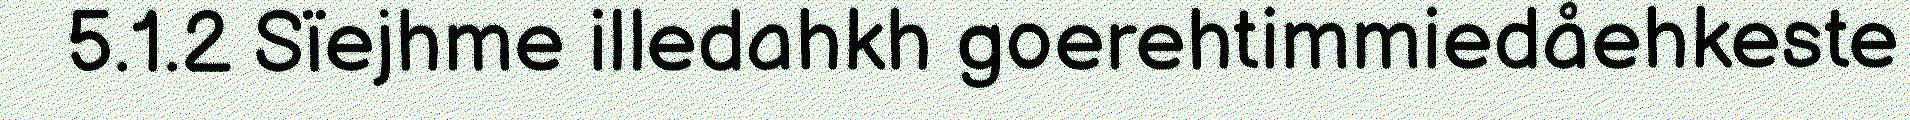
5.1.2 Sïejhme illedahkh goerehtimmiedåehkeste